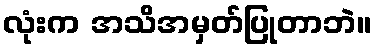
လုံးက အသိအမှတ်ပြုတာဘဲ။